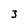
Character: 3